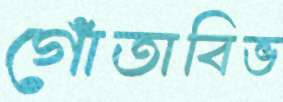
গোঁতাবিভ